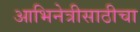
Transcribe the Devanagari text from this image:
आभिनेत्रीसाठीचा